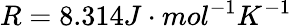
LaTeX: R=8.314J\cdot mol^{-1}K^{-1}